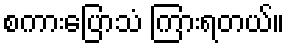
စကားပြောသံ ကြားရတယ်။